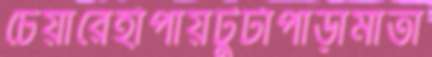
চেয়ারেহাঁপায়টুটাপাড়ামাতা